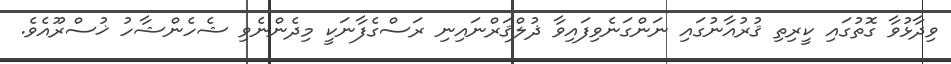
ވިދާޅުވާ ގޮތުގައި ކީރިތި ޤުރުއާނުގައި ނަންގަނެވިފައިވާ ޛުލްޤަރްނައިނި ރަސްގެފާނަކީ މިދެންނެވި ޝެހެންޝާހު ޚުސްރޫއެވެ.